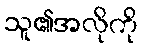
သူ၏အလိုကို